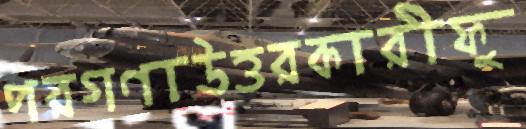
পরগণাউত্তরকারীফু